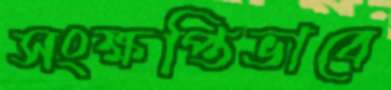
সংক্ষপ্তিভাবে